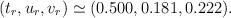
LaTeX: \begin{align*}(t_r,u_r,v_r)\simeq (0.500,0.181,0.222) .\end{align*}